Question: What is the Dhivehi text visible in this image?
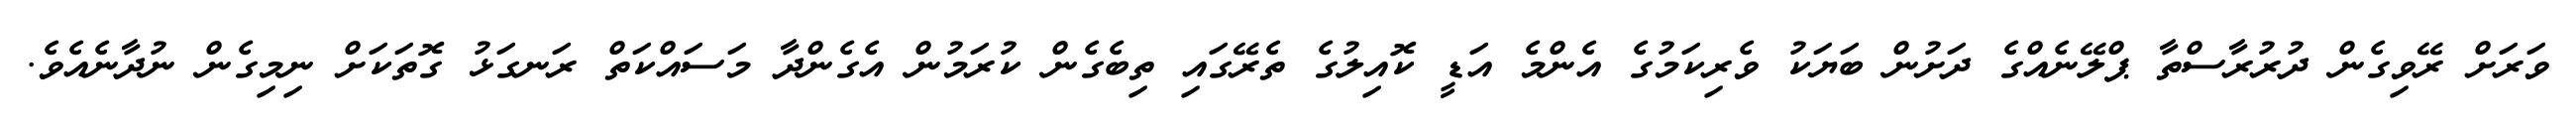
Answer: ވަރަށް ރޭވިގެން ދުރުރާސްތާ ޕްލޭނެއްގެ ދަށުން ބަޔަކު ވެރިކަމުގެ އެންމެ އަޑީ ކޮއިލުގެ ތެރޭގައި ތިބެގެން ކުރަމުން އެގެންދާ މަސައްކަތް ރަނގަޅު ގޮތަކަށް ނިމިގެން ނުދާނެއެވެ.